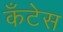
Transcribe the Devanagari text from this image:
कॅंटेस